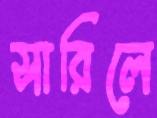
সারিলে